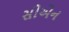
સીએન